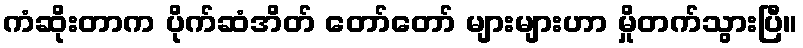
ကံဆိုးတာက ပိုက်ဆံအိတ် တော်တော် များများဟာ မှိုတက်သွားပြီ။